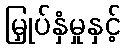
မြှုပ်နှံမှုနှင့်